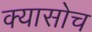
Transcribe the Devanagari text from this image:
क्यासोच